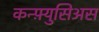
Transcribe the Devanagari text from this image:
कन्फ़्युसिअस